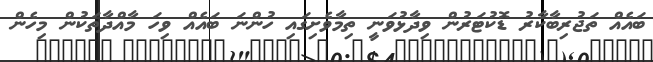
ބައެއް ތަޖުރިބާކާރު ޑޮކުޓަރުން ވިދާޅުވަނީ ތިމާވެށިގައި ހުންނަ ބައެއް ވިހަ މާއްދާތަކުން މިހެން